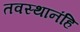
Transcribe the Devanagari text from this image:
तवस्थानंहि